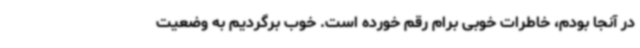
در آنجا بودم، خاطرات خوبی برام رقم خورده است. خوب برگردیم به وضعیت